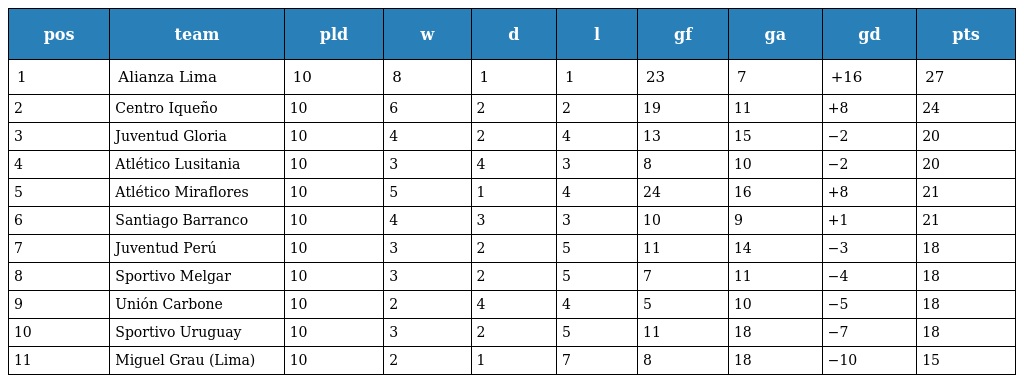
| pos | team | pld | w | d | l | gf | ga | gd | pts |
 | --- | --- | --- | --- | --- | --- | --- | --- | --- | --- |
 | 1 | Alianza Lima | 10 | 8 | 1 | 1 | 23 | 7 | +16 | 27 |
 | 2 | Centro Iqueño | 10 | 6 | 2 | 2 | 19 | 11 | +8 | 24 |
 | 3 | Juventud Gloria | 10 | 4 | 2 | 4 | 13 | 15 | −2 | 20 |
 | 4 | Atlético Lusitania | 10 | 3 | 4 | 3 | 8 | 10 | −2 | 20 |
 | 5 | Atlético Miraflores | 10 | 5 | 1 | 4 | 24 | 16 | +8 | 21 |
 | 6 | Santiago Barranco | 10 | 4 | 3 | 3 | 10 | 9 | +1 | 21 |
 | 7 | Juventud Perú | 10 | 3 | 2 | 5 | 11 | 14 | −3 | 18 |
 | 8 | Sportivo Melgar | 10 | 3 | 2 | 5 | 7 | 11 | −4 | 18 |
 | 9 | Unión Carbone | 10 | 2 | 4 | 4 | 5 | 10 | −5 | 18 |
 | 10 | Sportivo Uruguay | 10 | 3 | 2 | 5 | 11 | 18 | −7 | 18 |
 | 11 | Miguel Grau (Lima) | 10 | 2 | 1 | 7 | 8 | 18 | −10 | 15 |